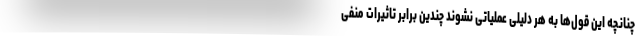
چنانچه این قول‌ها به هر دلیلی عملیاتی نشوند چندین برابر تاثیرات منفی